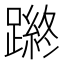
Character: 𨄿